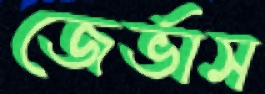
জের্ভাস